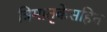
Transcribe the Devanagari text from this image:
त्रिमातृकेसहित